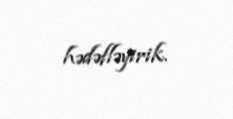
hədəfləyirik.